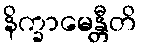
နိက္ခာမေန္တီတိ